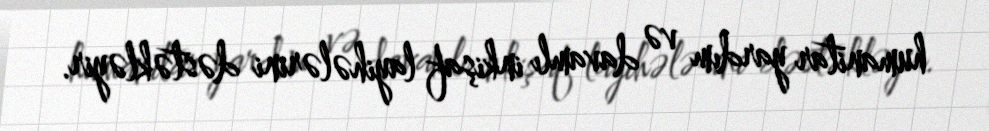
humanitar yardım və davamlı inkişaf layihələrini dəstəkləyir.